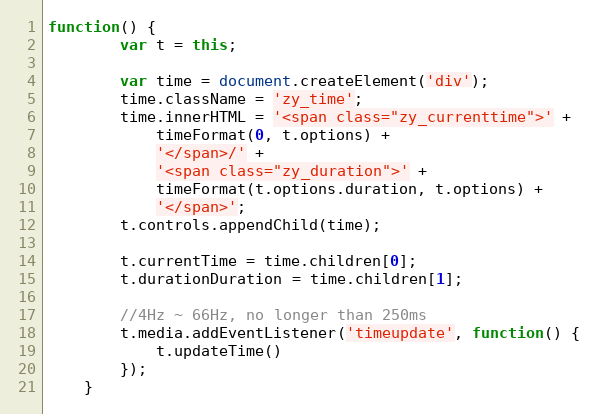
Language: JavaScript
function() {
		var t = this;

		var time = document.createElement('div');
		time.className = 'zy_time';
		time.innerHTML = '<span class="zy_currenttime">' +
			timeFormat(0, t.options) +
			'</span>/' +
			'<span class="zy_duration">' +
			timeFormat(t.options.duration, t.options) +
			'</span>';
		t.controls.appendChild(time);

		t.currentTime = time.children[0];
		t.durationDuration = time.children[1];

		//4Hz ~ 66Hz, no longer than 250ms
		t.media.addEventListener('timeupdate', function() {
			t.updateTime()
		});
	}